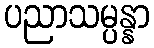
ပညာသမ္ပန္နာ